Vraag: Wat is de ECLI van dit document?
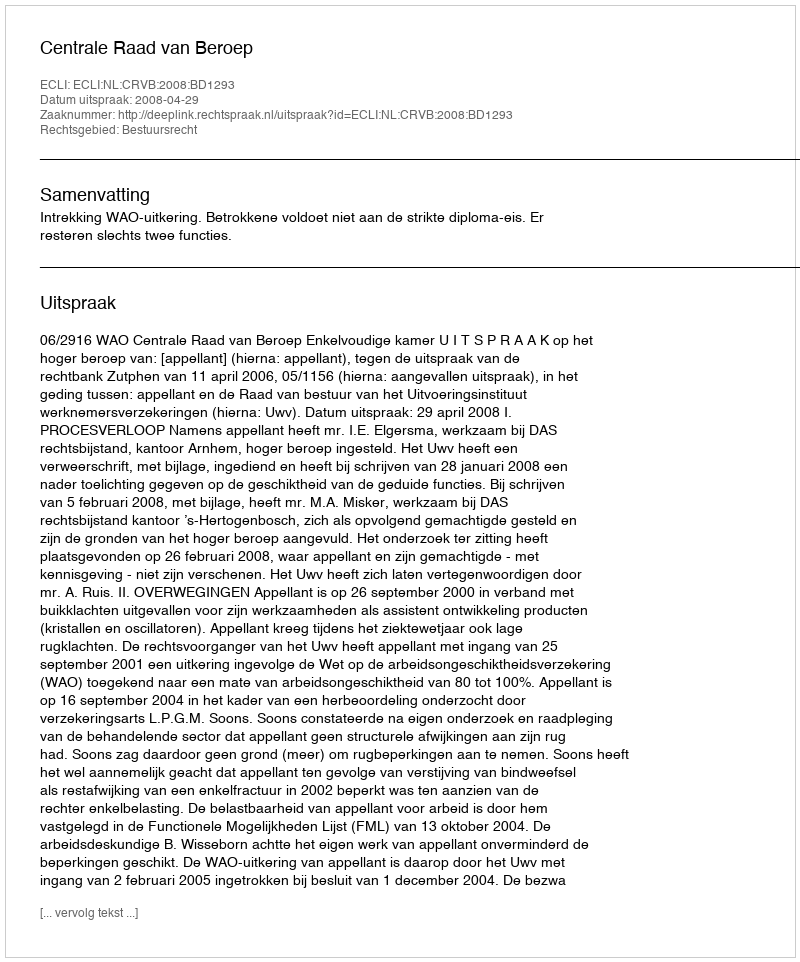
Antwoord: ECLI:NL:CRVB:2008:BD1293